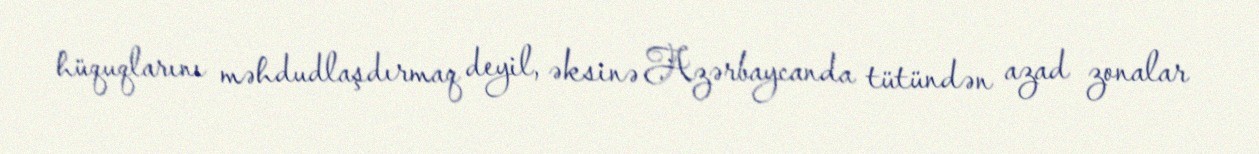
hüquqlarını məhdudlaşdırmaq deyil, əksinə Azərbaycanda tütündən azad zonalar